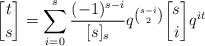
LaTeX: \begin{align*}{t \brack s} = \sum_{i=0}^s \frac{(-1)^{s-i}}{[s]_s} q^{{s-i \choose 2}} {s \brack i} q^{it}\end{align*}